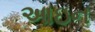
આઇન